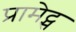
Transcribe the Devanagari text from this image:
प्रामेट्स